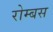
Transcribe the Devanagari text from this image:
रोम्बस